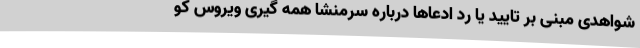
شواهدی مبنی بر تایید یا رد ادعاها درباره سرمنشا همه گیری ویروس کو